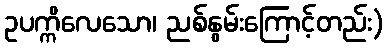
ဥပက္ကိလေသော၊ ညစ်နွမ်းကြောင့်တည်း)